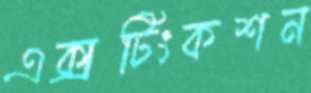
এক্সটিংকশন